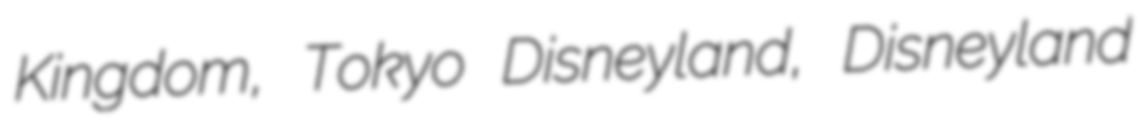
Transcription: Kingdom, Tokyo Disneyland, Disneyland